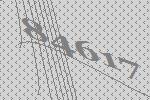
84617